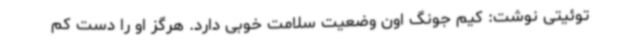
توئیتی نوشت: کیم جونگ اون وضعیت سلامت خوبی دارد. هرگز او را دست کم